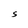
Character: S